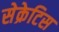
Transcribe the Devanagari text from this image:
सेक्रेटिस